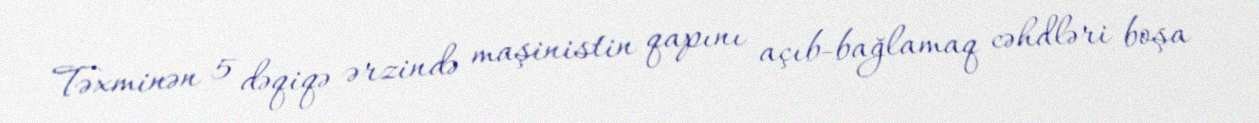
Təxminən 5 dəqiqə ərzində maşinistin qapını açıb-bağlamaq cəhdləri boşa